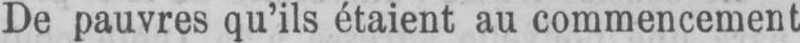
De pauvres qu’ils étaient au commencement